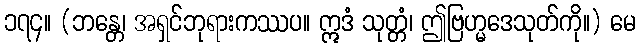
၁၇၄။ (ဘန္တေ၊ အရှင်ဘုရားကဿပ။ ဣဒံ သုတ္တံ၊ ဤဗြဟ္မဒေသုတ်ကို။) မေ